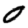
Digit: 0